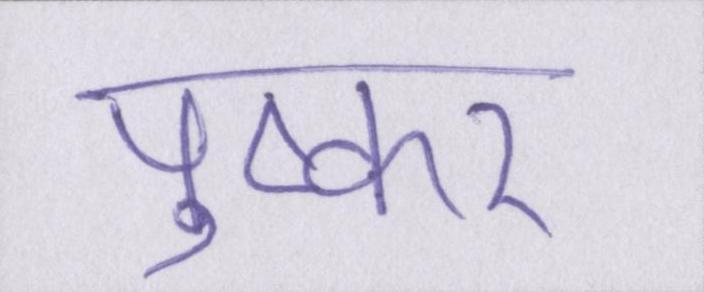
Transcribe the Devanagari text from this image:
पुष्कर